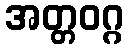
အတ္တဝဂ္ဂ